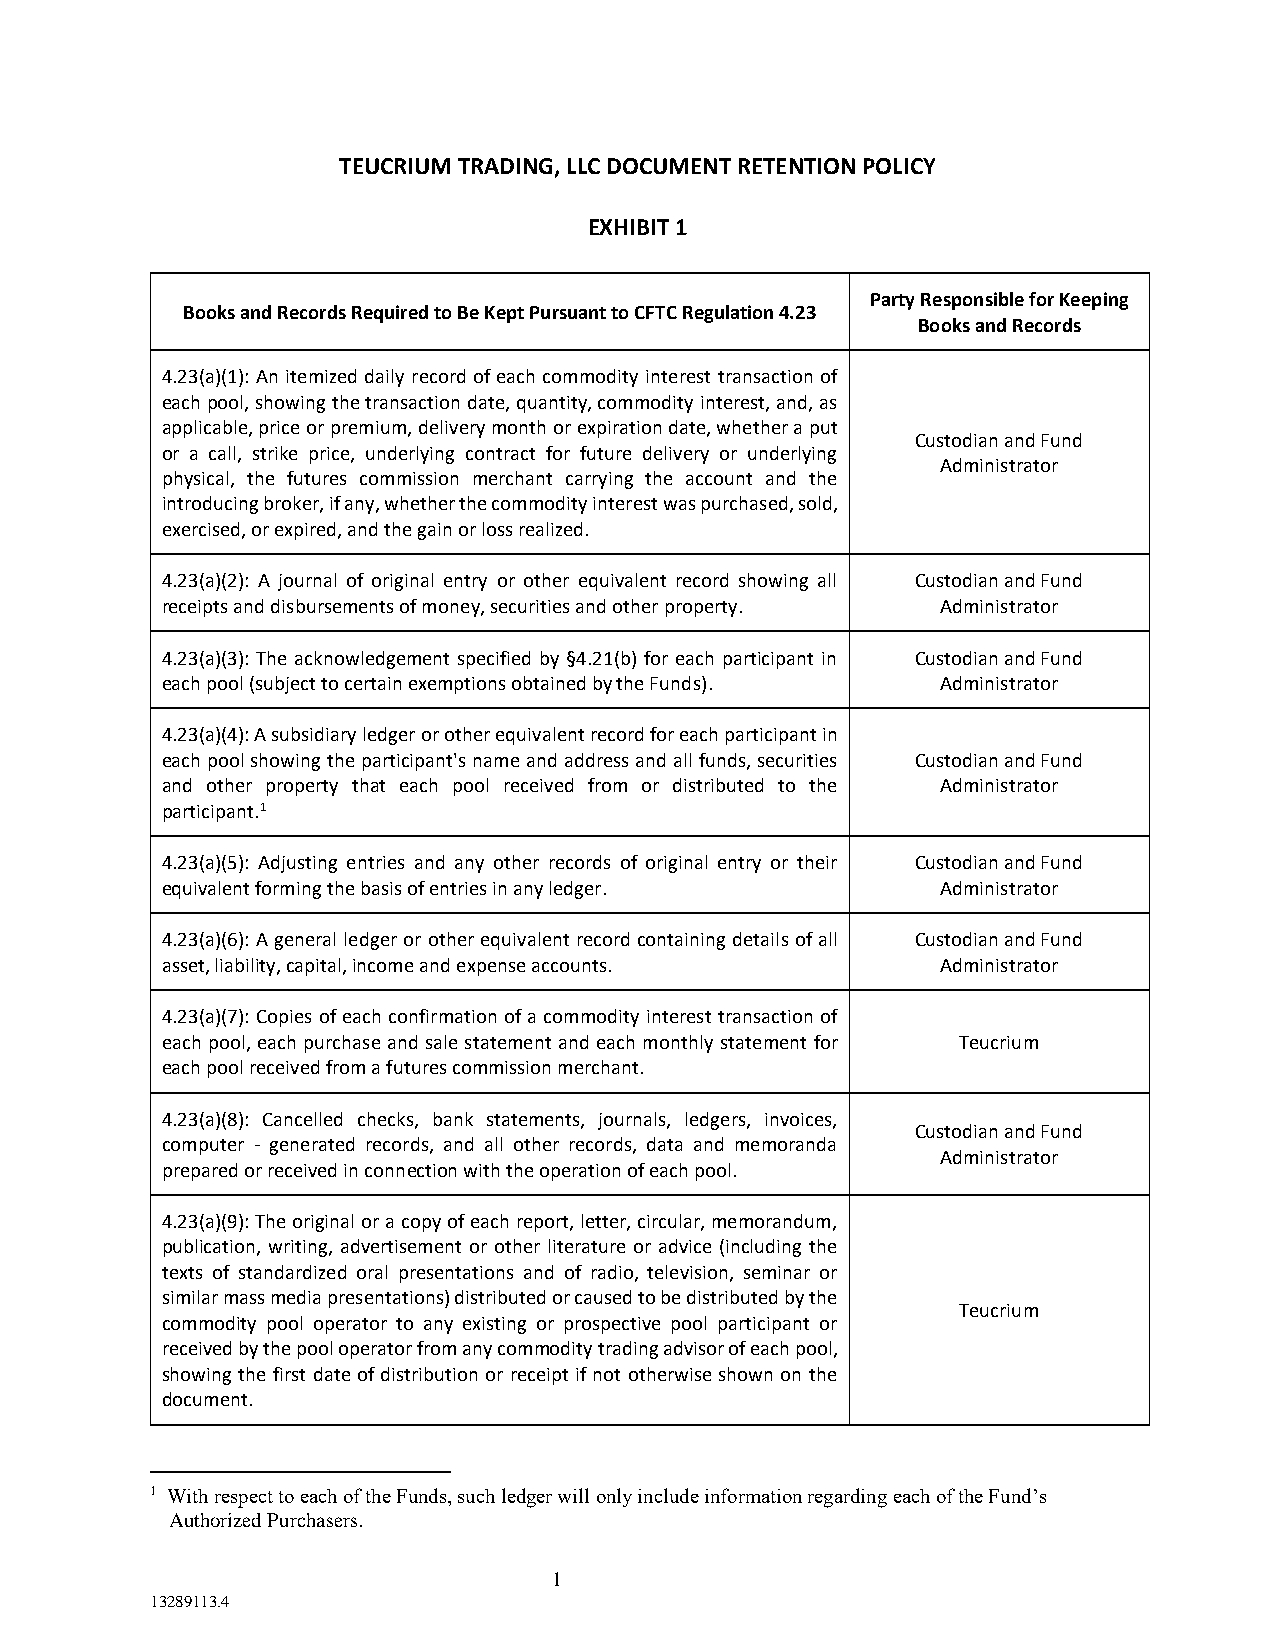
TEUCRIUM TRADING, LLC DOCUMENT RETENTION POLICY
 EXHIBIT 1
 Party Responsible for Keeping
 Books and Records Required to Be Kept Pursuant to CFTC Regulation 4.23
 Books and Records
 4.23(a)(1): An itemized daily record of each commodity interest transaction of
 each pool, showing the transaction date, quantity, commodity interest, and, as
 applicable, price or premium, delivery month or expiration date, whether a put
 Custodian and Fund
 or a call, strike price, underlying contract for future delivery or underlying
 Administrator
 physical, the futures commission merchant carrying the account and the
 introducing broker, if any, whether the commodity interest was purchased, sold,
 exercised, or expired, and the gain or loss realized.
 4.23(a)(2): A journal of original entry or other equivalent record showing all Custodian and Fund
 receipts and disbursements of money, securities and other property. Administrator
 4.23(a)(3): The acknowledgement specified by §4.21(b) for each participant in Custodian and Fund
 each pool (subject to certain exemptions obtained by the Funds). Administrator
 4.23(a)(4): A subsidiary ledger or other equivalent record for each participant in
 each pool showing the participant's name and address and all funds, securities Custodian and Fund
 and other property that each pool received from or distributed to the Administrator
 participant.1
 4.23(a)(5): Adjusting entries and any other records of original entry or their Custodian and Fund
 equivalent forming the basis of entries in any ledger. Administrator
 4.23(a)(6): A general ledger or other equivalent record containing details of all Custodian and Fund
 asset, liability, capital, income and expense accounts. Administrator
 4.23(a)(7): Copies of each confirmation of a commodity interest transaction of
 each pool, each purchase and sale statement and each monthly statement for Teucrium
 each pool received from a futures commission merchant.
 4.23(a)(8): Cancelled checks, bank statements, journals, ledgers, invoices,
 Custodian and Fund
 computer - generated records, and all other records, data and memoranda
 Administrator
 prepared or received in connection with the operation of each pool.
 4.23(a)(9): The original or a copy of each report, letter, circular, memorandum,
 publication, writing, advertisement or other literature or advice (including the
 texts of standardized oral presentations and of radio, television, seminar or
 similar mass media presentations) distributed or caused to be distributed by the
 Teucrium
 commodity pool operator to any existing or prospective pool participant or
 received by the pool operator from any commodity trading advisor of each pool,
 showing the first date of distribution or receipt if not otherwise shown on the
 document.
 1 With respect to each of the Funds, such ledger will only include information regarding each of the Fund’s
 Authorized Purchasers.
 1
 13289113.4